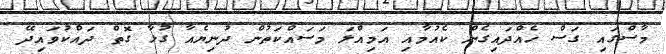
މާސްގައި ގަސް ހެއްދައިގެން ކެއުމާއި އަމިއްލަ މަސައްކަތުން ދުނިޔެއާ ގުޅާ ގޮތް ދައްކުވައިދޭ